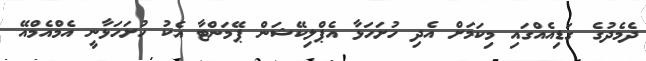
ދެމެދުގެ ގަޑިއެއްގައި މިކަމަށް އެދި ހުށަހަޅާ އެޕްލިކޭޝަން ޕޭމަންޓާ އެކު ހުށަހަޅާނީ އެމްއެމްއޭ